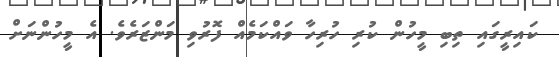
ކައިރީގައި ތިބި މީހުން ކުރި ހުރިހާ ވައްކަމެއް ފޮރުވި މަންޒަރެވެ. އެ މީހުންނަށް